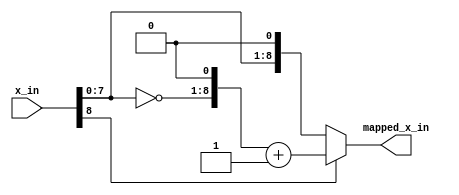
`timescale 1ns / 100ps
module mapper(x_in,mapped_x_in);
// synopsys template
input [8:0] x_in;
output [8:0] mapped_x_in;
reg [8:0] outp;
wire [8:0] not_x;
assign not_x = ~x_in;
assign mapped_x_in = outp;
always @(*)
begin
	if(x_in[8] == 1'b1)
	begin
		outp = {not_x[7:0],1'b0} + 1'b1;
	end
	else
	begin
		outp = {x_in[7:0],1'b0};
	end
end
endmodule